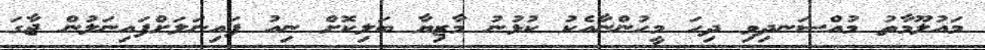
މައުލޫމާތު މުއްސަނދިވި ދިހަ މީހުންނާއެކު ކުޅުނު މާޒިޔާ ބަލިކޮށް ނިއު ފައިނަލަށްފައިނަލުން ޖާގަ